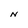
Character: N